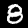
Digit: 8